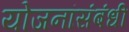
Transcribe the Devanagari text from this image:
योजनांसंबंधी